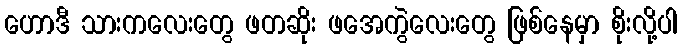
ဟောဒီ သားကလေးတွေ ဖတဆိုး ဖအေကွဲလေးတွေ ဖြစ်နေမှာ စိုးလို့ပါ